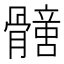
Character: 𩪟